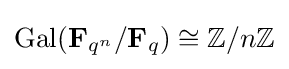
{\text{Gal}}(\mathbf {F} _{q^{n}}/\mathbf {F} _{q})\cong \mathbb {Z} /n\mathbb {Z}